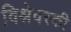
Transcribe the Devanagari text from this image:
विश्नेवस्की